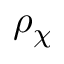
\rho _ { \chi }